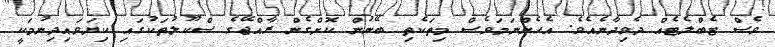
ވެސް ޓެބްލެޓެއް ދެވިދާނެއެވެ. އެހެންނަމަވެސް މިތަކެތި ބޭނުން ކޮށްގެން ރާއްޖޭގެ ސްކޫލުތަކުގައި ކިޔަވައިދިނުމަކީ